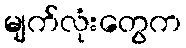
မျက်လုံးတွေက